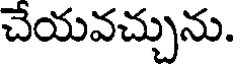
చేయవచ్చును.